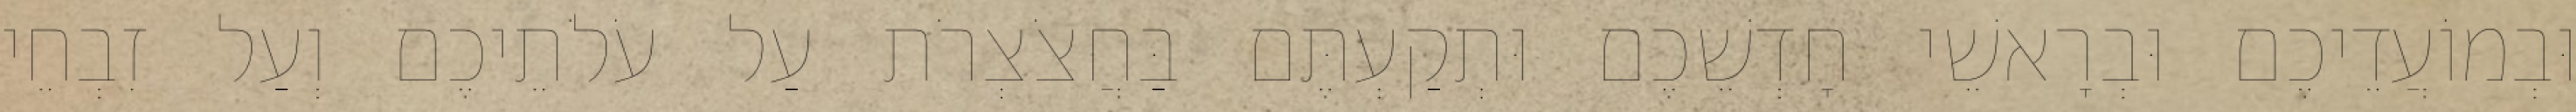
וּבְמוֹעֲדֵיכֶם וּבְרָאשֵׁי חָדְשֵׁכֶם וּתְקַעְתֶּם בַּחֲצֹצְרֹת עַל עֹלֹתֵיכֶם וְעַל זִבְחֵי